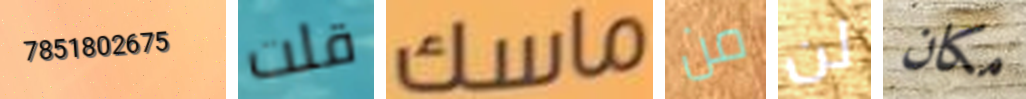
7851802675 قلت ماسك من لن مكان